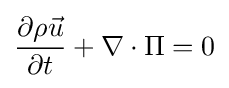
{\frac {\partial \rho {\vec {u}}}{\partial t}}+\nabla \cdot \Pi =0